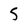
Character: 5